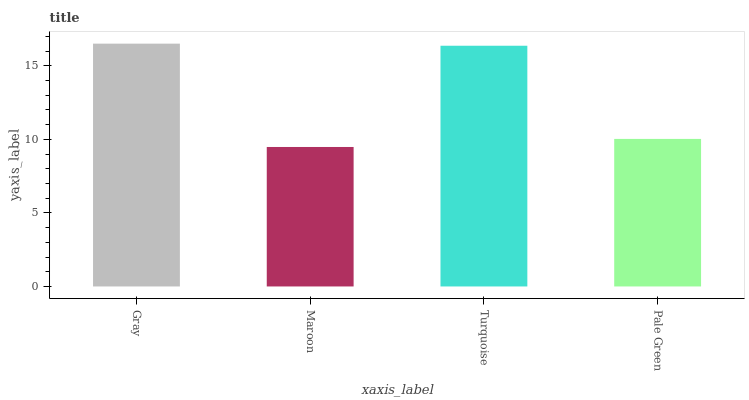
| xaxis_label | bars |
 | --- | --- |
 | Gray | 16.5 |
 | Maroon | 9.48 |
 | Turquoise | 16.4 |
 | Pale Green | 10 |